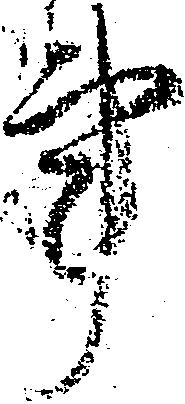
事